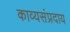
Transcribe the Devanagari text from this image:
काव्यसंप्रदाय